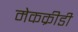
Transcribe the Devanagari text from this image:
मेकक्रीडी